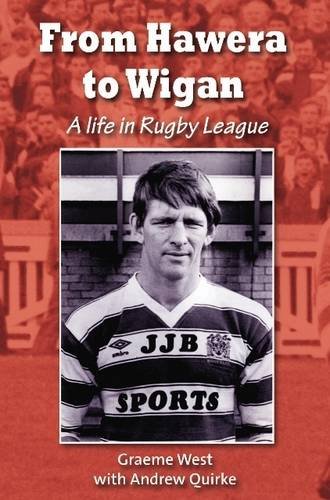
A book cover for From Hawera to Wigan: A Life in Rugby League; Graeme West; Sports & Outdoors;